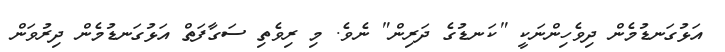
އަޅުގަނޑުމެން ދިވެހިންނަކީ "ކަނޑުގެ ދަރިން" ނެވެ. މި ރިވެތި ސަގާފަތް އަޅުގަނޑުމެން ދިރުވަން